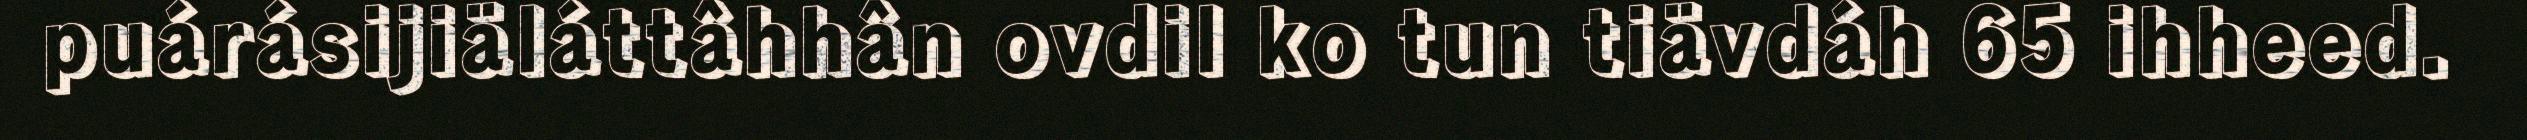
puárásijiäláttâhhân ovdil ko tun tiävdáh 65 ihheed.